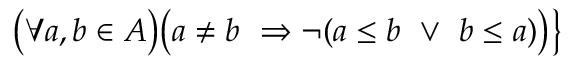
{ \big ( } \forall a , b \in A { \big ) } { \big ( } a \neq b \ \Rightarrow \neg ( a \leq b \ \vee \ b \leq a ) { \big ) } { \big \} }